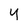
Character: y